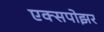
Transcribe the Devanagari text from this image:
एक्सपोझर